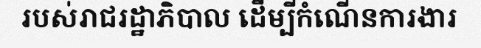
របស់រាជរដ្ឋាភិបាល ដើម្បីកំណើនការងារ